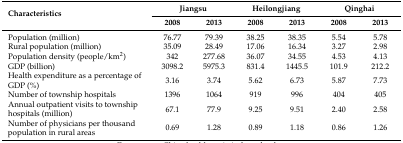
<table><thead><tr><td rowspan="2"><b>Characteristics</b></td><td colspan="2"><b>Jiangsu</b></td><td colspan="2"><b>Heilongjiang</b></td><td colspan="2"><b>Qinghai</b></td></tr><tr><td><b>2008</b></td><td><b>2013</b></td><td><b>2008</b></td><td><b>2013</b></td><td><b>2008</b></td><td><b>2013</b></td></tr></thead><tbody><tr><td>Population (million)</td><td>76.77</td><td>79.39</td><td>38.25</td><td>38.35</td><td>5.54</td><td>5.78</td></tr><tr><td>Rural population (million)</td><td>35.09</td><td>28.49</td><td>17.06</td><td>16.34</td><td>3.27</td><td>2.98</td></tr><tr><td>Population density (people/km<sup>2</sup>)</td><td>342</td><td>277.68</td><td>36.07</td><td>34.55</td><td>4.53</td><td>4.13</td></tr><tr><td>GDP (billion)</td><td>3098.2</td><td>5975.3</td><td>831.4</td><td>1445.5</td><td>101.9</td><td>212.2</td></tr><tr><td>Health expenditure as a percentage of GDP (%)</td><td>3.16</td><td>3.74</td><td>5.62</td><td>6.73</td><td>5.87</td><td>7.73</td></tr><tr><td>Number of township hospitals</td><td>1396</td><td>1064</td><td>919</td><td>996</td><td>404</td><td>405</td></tr><tr><td>Annual outpatient visits to township hospitals (million)</td><td>67.1</td><td>77.9</td><td>9.25</td><td>9.51</td><td>2.40</td><td>2.58</td></tr><tr><td>Number of physicians per thousand population in rural areas</td><td>0.69</td><td>1.28</td><td>0.89</td><td>1.18</td><td>0.86</td><td>1.26</td></tr></tbody></table>